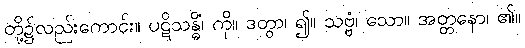
တို့၌လည်းကောင်း။ ပဋိသန္ဓိံ၊ ကို။ ဒတွာ၊ ၍။ သဗ္ဗံ၊ သော။ အတ္တနော၊ ၏။